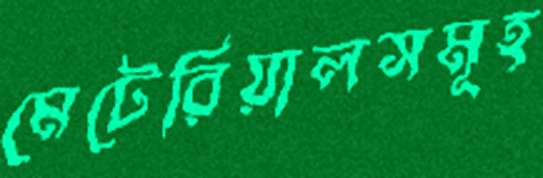
মেটেরিয়ালসমূহ